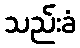
သည်းခံ